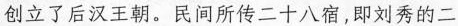
创立了后汉王朝。民间所传二十八宿，即刘秀的二